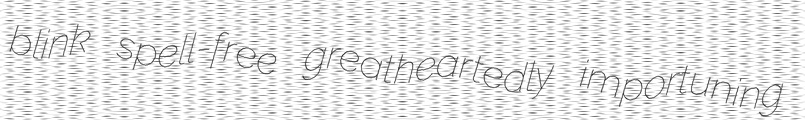
blink spell-free greatheartedly importuning